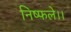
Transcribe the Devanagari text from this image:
निष्फले।।